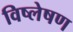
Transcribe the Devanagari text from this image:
विष्‍लेषण